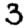
Digit: 3